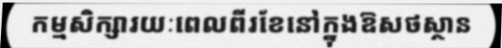
កម្មសិក្សារយៈពេលពីរខែនៅក្នុងឱសថស្ថាន